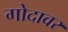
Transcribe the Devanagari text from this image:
गोदावर